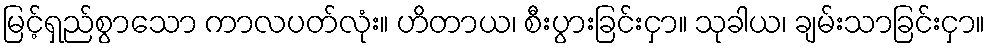
မြင့်ရှည်စွာသော ကာလပတ်လုံး။ ဟိတာယ၊ စီးပွားခြင်းငှာ။ သုခါယ၊ ချမ်းသာခြင်းငှာ။